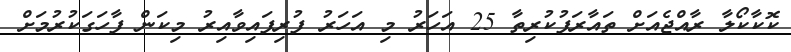
ކޮކާކޯލާ ރާއްޖެއަށް ތައާރަފުކުރިތާ 25 އަހަރު މި އަހަރު ފުރިފައިވާއިރު މިކަން ފާހަގަކުރުމަށް